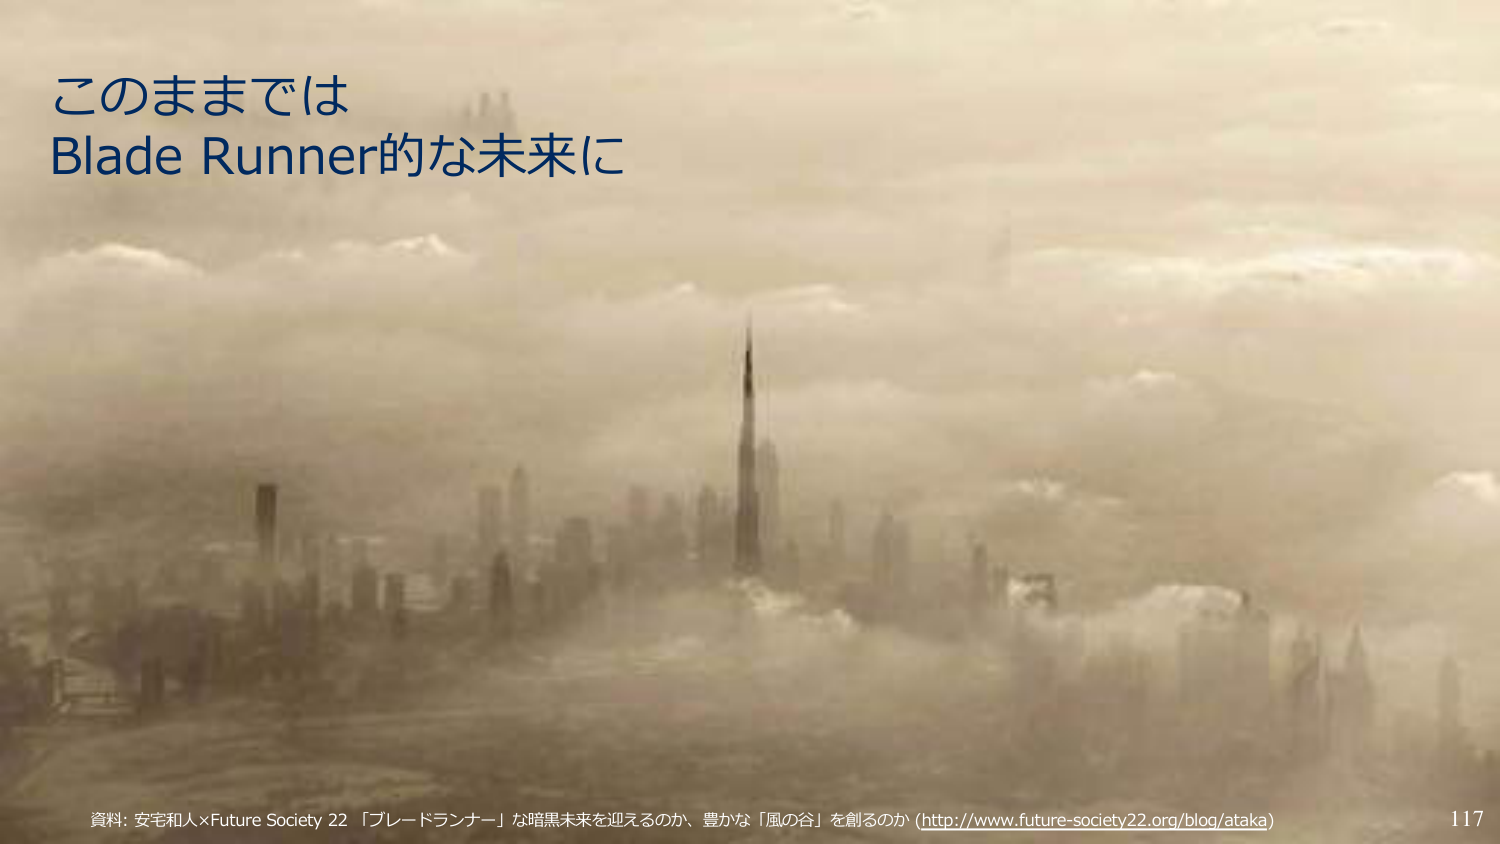
このままでは
Blade Runner的な未来に

資料: 安宅和人×Future Society 22 「ブレードランナー」な暗黒未来を迎えるのか、豊かな「風の谷」を創るのか (http://www.future-society22.org/blog/ataka)
117